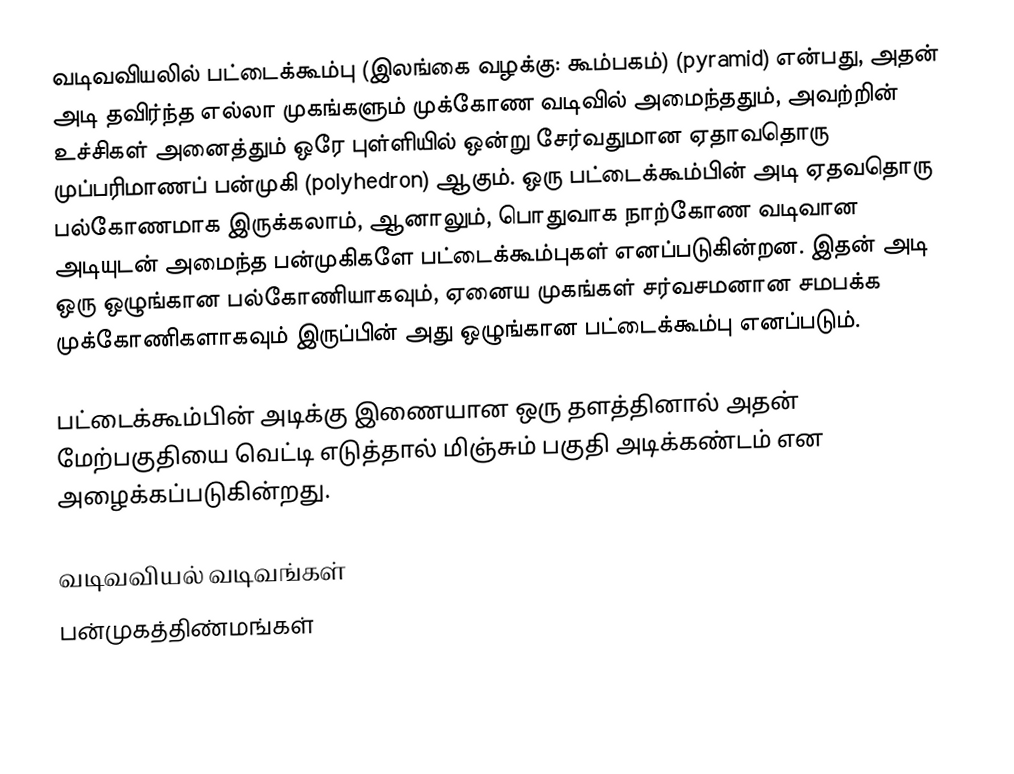
வடிவவியலில் பட்டைக்கூம்பு (இலங்கை வழக்கு: கூம்பகம்) (pyramid) என்பது, அதன் அடி தவிர்ந்த எல்லா முகங்களும் முக்கோண வடிவில் அமைந்ததும், அவற்றின் உச்சிகள் அனைத்தும் ஒரே புள்ளியில் ஒன்று சேர்வதுமான ஏதாவதொரு முப்பரிமாணப் பன்முகி (polyhedron) ஆகும். ஒரு பட்டைக்கூம்பின் அடி ஏதவதொரு பல்கோணமாக இருக்கலாம், ஆனாலும், பொதுவாக நாற்கோண வடிவான அடியுடன் அமைந்த பன்முகிகளே பட்டைக்கூம்புகள் எனப்படுகின்றன. இதன் அடி ஒரு ஒழுங்கான பல்கோணியாகவும், ஏனைய முகங்கள் சர்வசமனான சமபக்க முக்கோணிகளாகவும் இருப்பின் அது ஒழுங்கான பட்டைக்கூம்பு எனப்படும்.

பட்டைக்கூம்பின் அடிக்கு இணையான ஒரு தளத்தினால் அதன் மேற்பகுதியை வெட்டி எடுத்தால் மிஞ்சும் பகுதி அடிக்கண்டம் என அழைக்கப்படுகின்றது.

வடிவவியல் வடிவங்கள்
பன்முகத்திண்மங்கள்

it:Piramide#La piramide in geometria